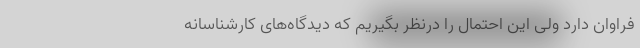
فراوان دارد ولی این احتمال را درنظر بگیریم که دیدگاه‌های کارشناسانه